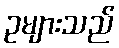
ဥများသည်